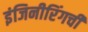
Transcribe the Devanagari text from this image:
इंजिनीरिंगची